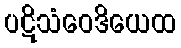
ပဋိသံဝေဒိယေထ